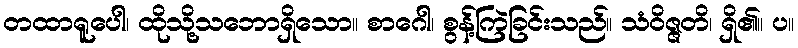
တထာရူပေါ၊ ထိုသို့သဘောရှိသော။ စာဂေါ၊ စွန့်ကြဲခြင်းသည်။ သံဝိဇ္ဇတိ၊ ရှိ၏။ ပ။